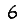
Digit: 6